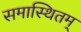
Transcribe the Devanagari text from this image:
समास्थितम्